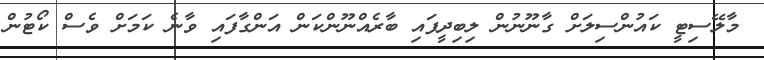
މާލޭސިޓީ ކައުންސިލަށް ގާނޫނުން ލިބިދީފައި ބާރެއްނޫންކަން އަންގާފައި ވާނެ ކަމަށް ވެސް ކޯޓުން